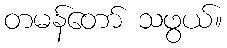
တမန်တော် သဖွယ်။